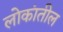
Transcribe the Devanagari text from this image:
लोकांतील